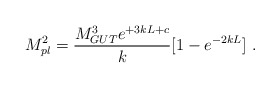
\begin{align*}M_{pl}^2 = {{M_{GUT}^3 e^{+3 k L + c}} \over\displaystyle k} [1- e^{-2 k L}] ~.~\,\end{align*}